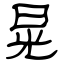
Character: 晃